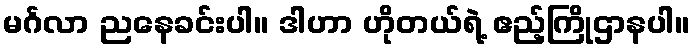
မင်္ဂလာ ညနေခင်းပါ။ ဒါဟာ ဟိုတယ်ရဲ့ ဧည့်ကြိုဌာနပါ။